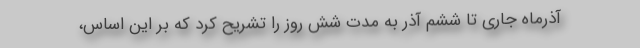
آذرماه جاری تا ششم آذر به مدت شش روز را تشریح کرد که بر این اساس،